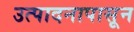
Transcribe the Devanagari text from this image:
उत्पादनापासून